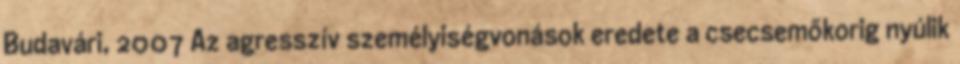
Budavári, 2007 Az agresszív személyiségvonások eredete a csecsemőkorig nyúlik